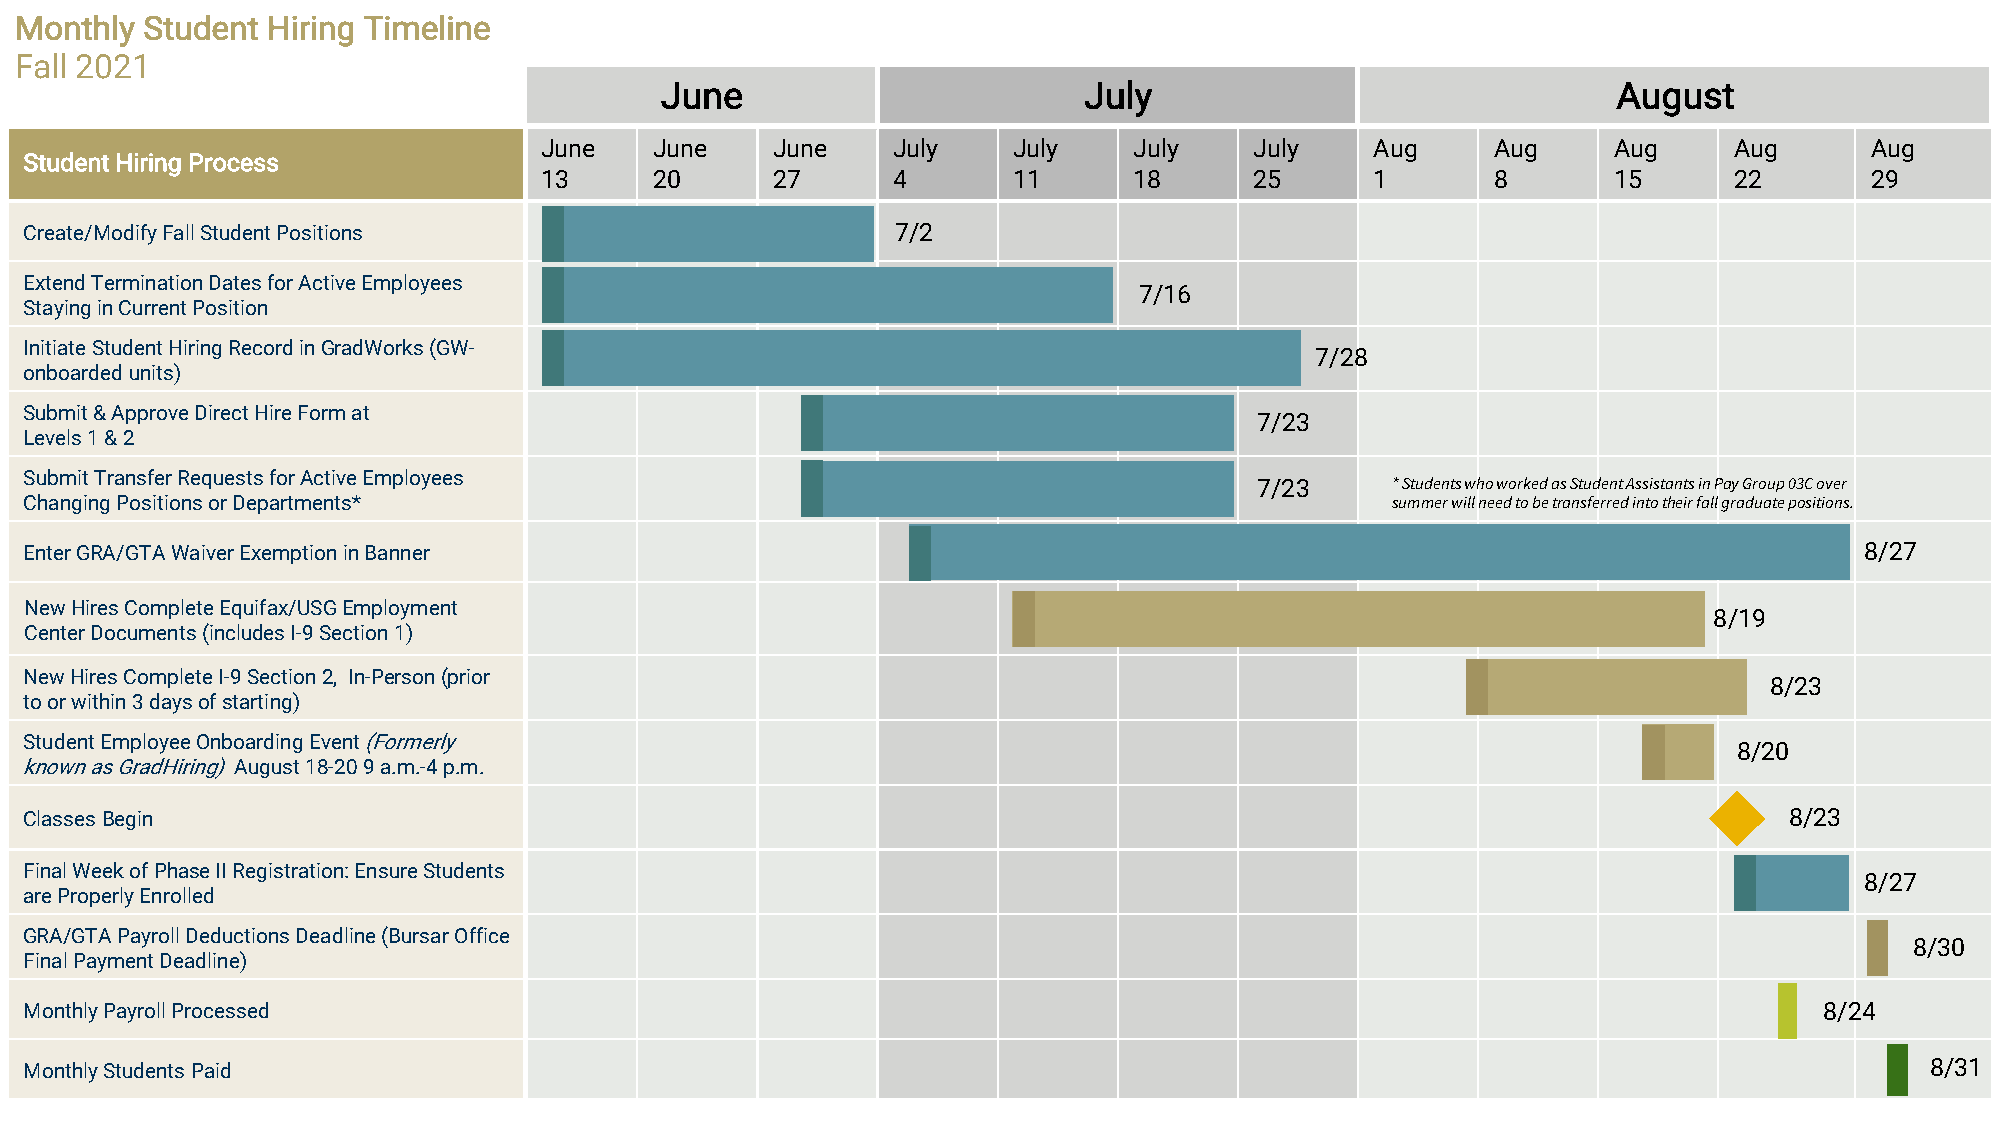
Monthly Student  Hiring Timeline
 Fall 2021
 June                        July                               August
 June   June    June    July    July    July    July    Aug     Aug     Aug     Aug      Aug
 Student Hiring Process
 13     20      27      4       11      18      25      1       8       15      22       29
 Create/Modify Fall Student Positions                     7/2
 Extend Termination Dates for Active Employees
 7/16
 Staying in Current Position
 Initiate Student Hiring Record in GradWorks(GW-
 7/28
 onboarded units)
 Submit & Approve Direct Hire Form at
 7/23
 Levels 1 & 2
 Submit Transfer Requests for Active Employees
 7/23     * Students who worked as Student Assistants in Pay Group 03C over
 Changing Positions or Departments*                                                        summer will need to be transferred into their fall graduate positions.
 Enter GRA/GTA Waiver Exemption in Banner                                                                                 8/27
 New Hires Complete Equifax/USG Employment
 8/19
 Center Documents (includes I-9 Section 1)
 New Hires Complete I-9 Section 2, In-Person (prior
 8/23
 to or within 3 days of starting)
 Student Employee Onboarding Event (Formerly
 8/20
 known as GradHiring) August 18-20 9 a.m.-4 p.m.
 Classes Begin                                                                                                       8/23
 Final Week of Phase II Registration: Ensure Students
 8/27
 are Properly Enrolled
 GRA/GTA Payroll Deductions Deadline (Bursar Office
 8/30
 Final Payment Deadline)
 Monthly Payroll Processed                                                                                              8/24
 Monthly Students Paid                                                                                                         8/31